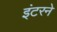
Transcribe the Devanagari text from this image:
इंटरने